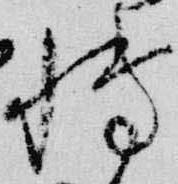
轉